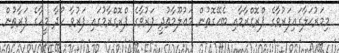
މިމަރުޙަލާގައިފަރުވާގެ ޕްރޮގްރާމާއި ބެހޭގޮތުން މަޢުލޫމާތުދީ ފަރުވާގެ ޕްރޮގްރާމުގައި ފަރުވާ ހޯދާ މީހާގެ ފަރާތުން